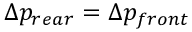
\Delta p _ { r e a r } = \Delta p _ { f r o n t }